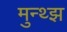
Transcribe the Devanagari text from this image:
मुन्थ्झ